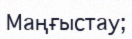
Маңғыстау;